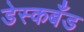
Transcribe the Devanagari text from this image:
डेस्कबँड